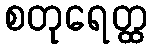
စတုရေတ္ထ